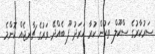
ސަރުކާރުގެ ސްކޫލް ތަކުން ކުރާ ޚަރަދު ފޫ ބެއްދޭ ވަރުގެ ޗާރޖެއް ކޮންމެ